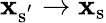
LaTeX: \mathbf{x}_{\mathrm{{{s}^{'}}}}\to\mathbf{x}_{\mathrm{{{s}}}}